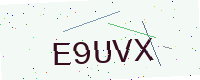
Text: E9UVX